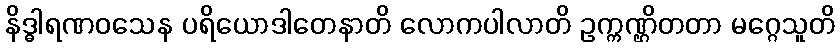
နိဒ္ဓါရဏဝသေန ပရိယောဒါတေနာတိ လောကပါလာတိ ဥက္ကဏ္ဌိတတာ မဂ္ဂေသူတိ